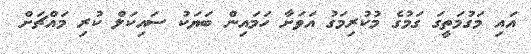
އައި މަގުމަތީގަ ގަމުގެ މުކުރިމަގު އަވަށާ ހަމައިން ބަޔަކު ސައިކަލް ކުރި މައްޗަށް